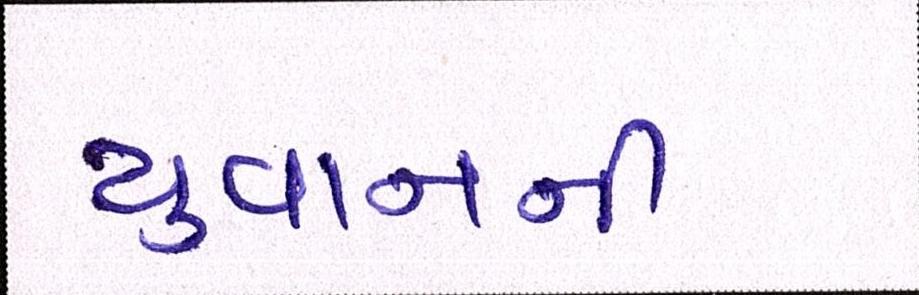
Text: યુવાનની